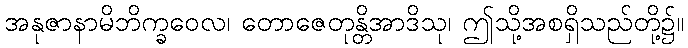
အနုဇာနာမိဘိက္ခဝေလ၊ တောဇေတုန္တိအာဒိသု၊ ဤသို့အစရှိသည်တို့၌။